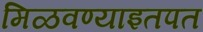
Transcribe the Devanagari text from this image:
मिळवण्याइतपत